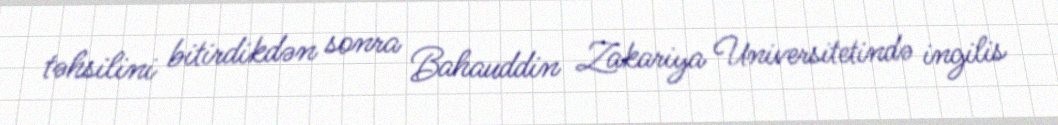
təhsilini bitirdikdən sonra Bahauddin Zakariya Universitetində ingilis